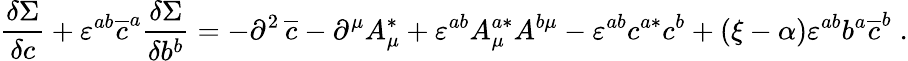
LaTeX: \frac{\delta\Sigma}{\delta c}+\varepsilon^{ab}\overline{{{c}}}^{a}\frac{\delta\Sigma}{\delta b^{b}}=-\partial^{2}\, \overline{{{c}}}-\partial^{\mu}A_{\mu}^{*}+\varepsilon^{ab}A_{\mu}^{a*}A^{b\mu}-\varepsilon^{ab}c^{a*}c^{b}+(\xi-\alpha)\varepsilon^{ab}b^{a}\overline{{{c}}}^{b}\; .